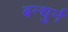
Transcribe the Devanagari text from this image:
बन्धुर्न